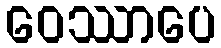
ဝေဿာပေ